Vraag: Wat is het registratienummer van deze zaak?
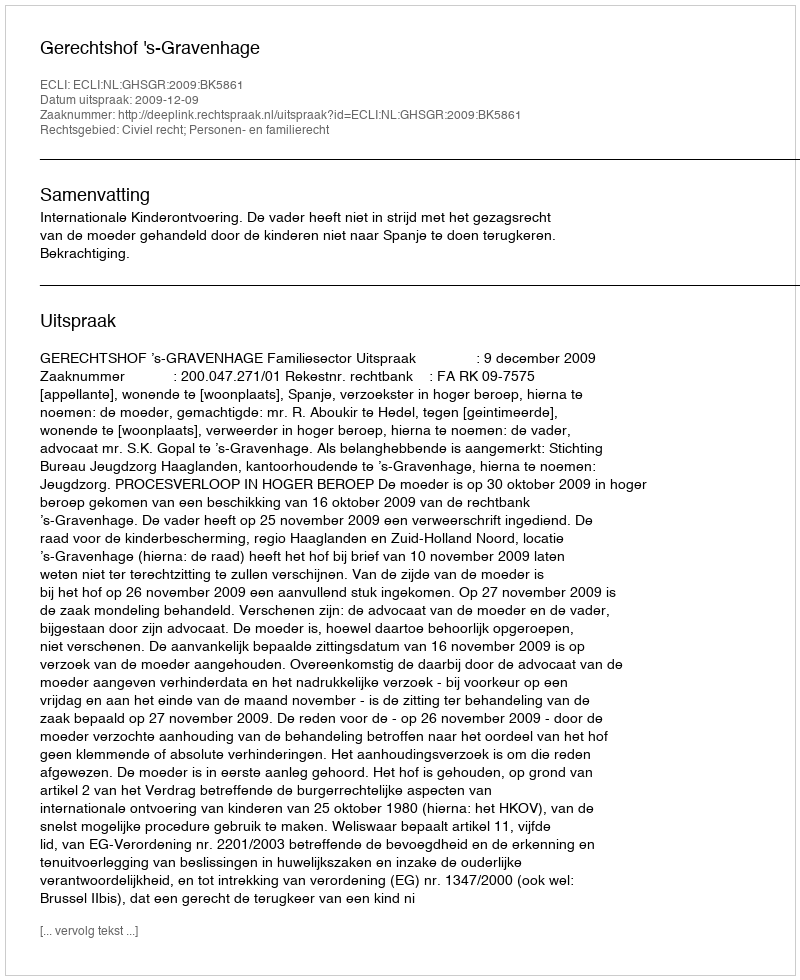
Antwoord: http://deeplink.rechtspraak.nl/uitspraak?id=ECLI:NL:GHSGR:2009:BK5861